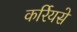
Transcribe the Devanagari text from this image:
कर्रियसे